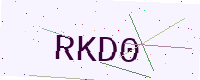
Text: RKD0